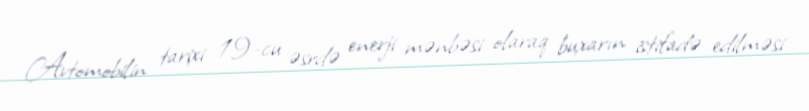
Avtomobilin tarixi 19-cu əsrdə enerji mənbəsi olaraq buxarın istifadə edilməsi